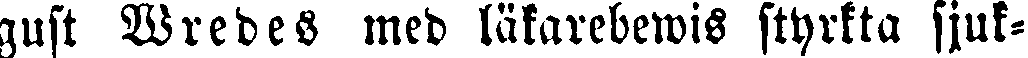
gust Wredes med läkarebewis styrkta sjuk-